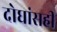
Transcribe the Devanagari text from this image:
दोघांसही